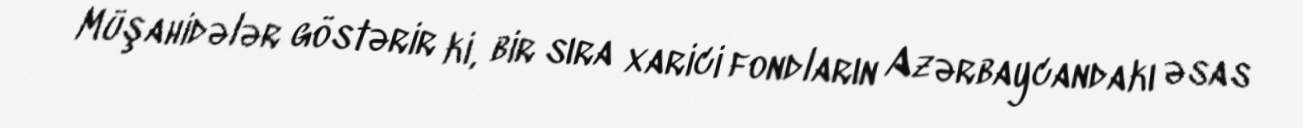
Müşahidələr göstərir ki, bir sıra xarici fondların Azərbaycandakı əsas